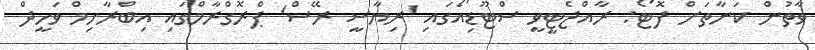
ވާތުން ކަނާތަށް ފޮޓޯ: ރާއްޖެޓީވީ ސްޓޫޑިއޯގައި 'ރިޔާސީ ރޭސް' ޕްރޮގްރާމްގައި އިބްރާހިމް ވަހީދް